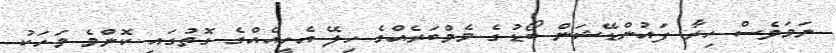
ނަމަވެސް ހިރާ ފައުންޑޭޝަން ބޯޑުގެ މެމްބަރެއްގެ ހިލޭ އެހީއެއްގެ ގޮތުގައި ކޮންމެ މަހަކު